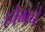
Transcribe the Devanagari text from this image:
होमचे